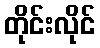
တိုင်းလိုင်